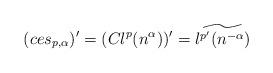
LaTeX: \begin{align*} (ces_{p, \alpha})^{\prime} = (Cl^p(n^{\alpha}))^{\prime} = \widetilde{l^{p^{\prime}}(n^{-\alpha})}\end{align*}